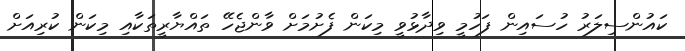
ކައުންސިލަރު ހުސައިން ފަހުމީ ވިދާޅުވީ މިކަން ފެށުމަށް ވާންޖެހޭ ތައްޔާރީތަކާއި މިކަން ކުރިއަށް